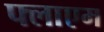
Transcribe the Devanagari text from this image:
फ्लाएम